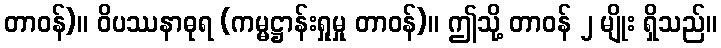
တာဝန်)။ ဝိပဿနာဓုရ (ကမ္မဋ္ဌာန်းရှုမှု တာဝန်)။ ဤသို့ တာဝန် ၂ မျိုး ရှိသည်။